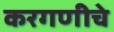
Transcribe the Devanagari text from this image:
करगणीचे